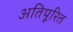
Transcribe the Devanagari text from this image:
अतिपूरित